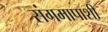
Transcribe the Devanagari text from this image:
संगमापाशी